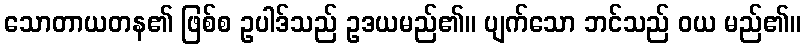
သောတာယတန၏ ဖြစ်စ ဥပါဒ်သည် ဥဒယမည်၏။ ပျက်သော ဘင်သည် ဝယ မည်၏။